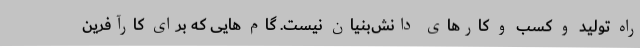
راه تولید و کسب و کارهای دانش‌بنیان نیست. گام هایی که برای کارآفرین